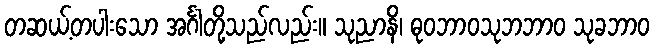
တဆယ့်တပါးသော အင်္ဂါတို့သည်လည်း။ သုညာနိ၊ ဓုဝဘာဝသုဘဘာဝ သုခဘာဝ